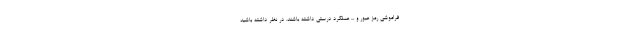
فراموشی رمز عبور و ... عملکرد درستی داشته باشند. در نظر داشته باشید